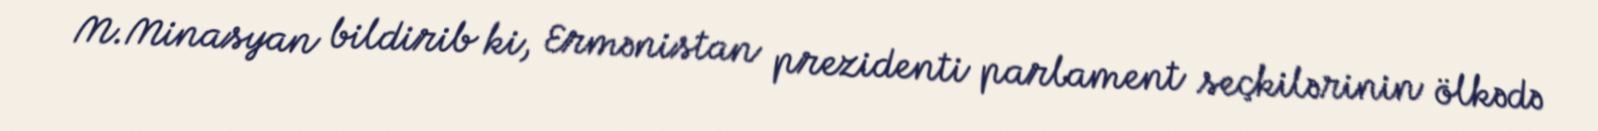
M.Minasyan bildirib ki, Ermənistan prezidenti parlament seçkilərinin ölkədə